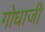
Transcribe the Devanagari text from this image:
गोधाजी